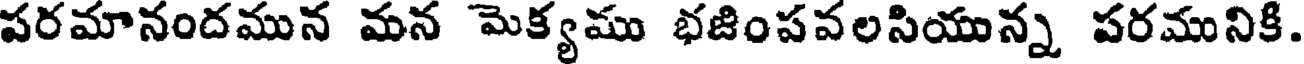
పరమానందమున మన మెక్యము భజింపవలసియున్న పరమునికి.